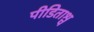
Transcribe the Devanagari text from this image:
पीडिताश्च